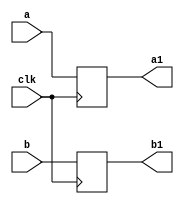

module delay(a,b,a1,b1,clk);

parameter N = 31;

input [N:0] a,b;
input clk;
output [N:0] a1,b1;
reg [N:0] a1,b1;

//Delay block is just used as a regester to hold the a,and b for a clock cycle.
//Posedge is preferred for FPGA programming.(reason given in PE.v)

always @(negedge clk)
begin
	a1 <= a;
	b1 <= b;
end

endmodule